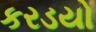
કરડયો